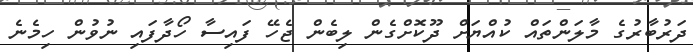
ދަރުބާރުގެ މާލަންތައް ކުއްޔަށް ދޫކޮށްގެން ލިބެން ޖެހޭ ފައިސާ ހޯދާފައި ނުވުން ހިމެނެ